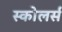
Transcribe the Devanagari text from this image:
स्कोलर्स